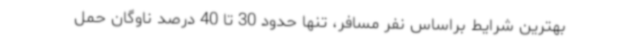
بهترین شرایط براساس نفر مسافر، تنها حدود 30 تا 40 درصد ناوگان حمل